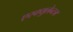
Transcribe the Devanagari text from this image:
एस्क्युलेन्टम